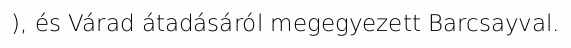
), és Várad átadásáról megegyezett Barcsayval.